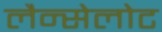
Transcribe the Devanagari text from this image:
लैन्सेलोट